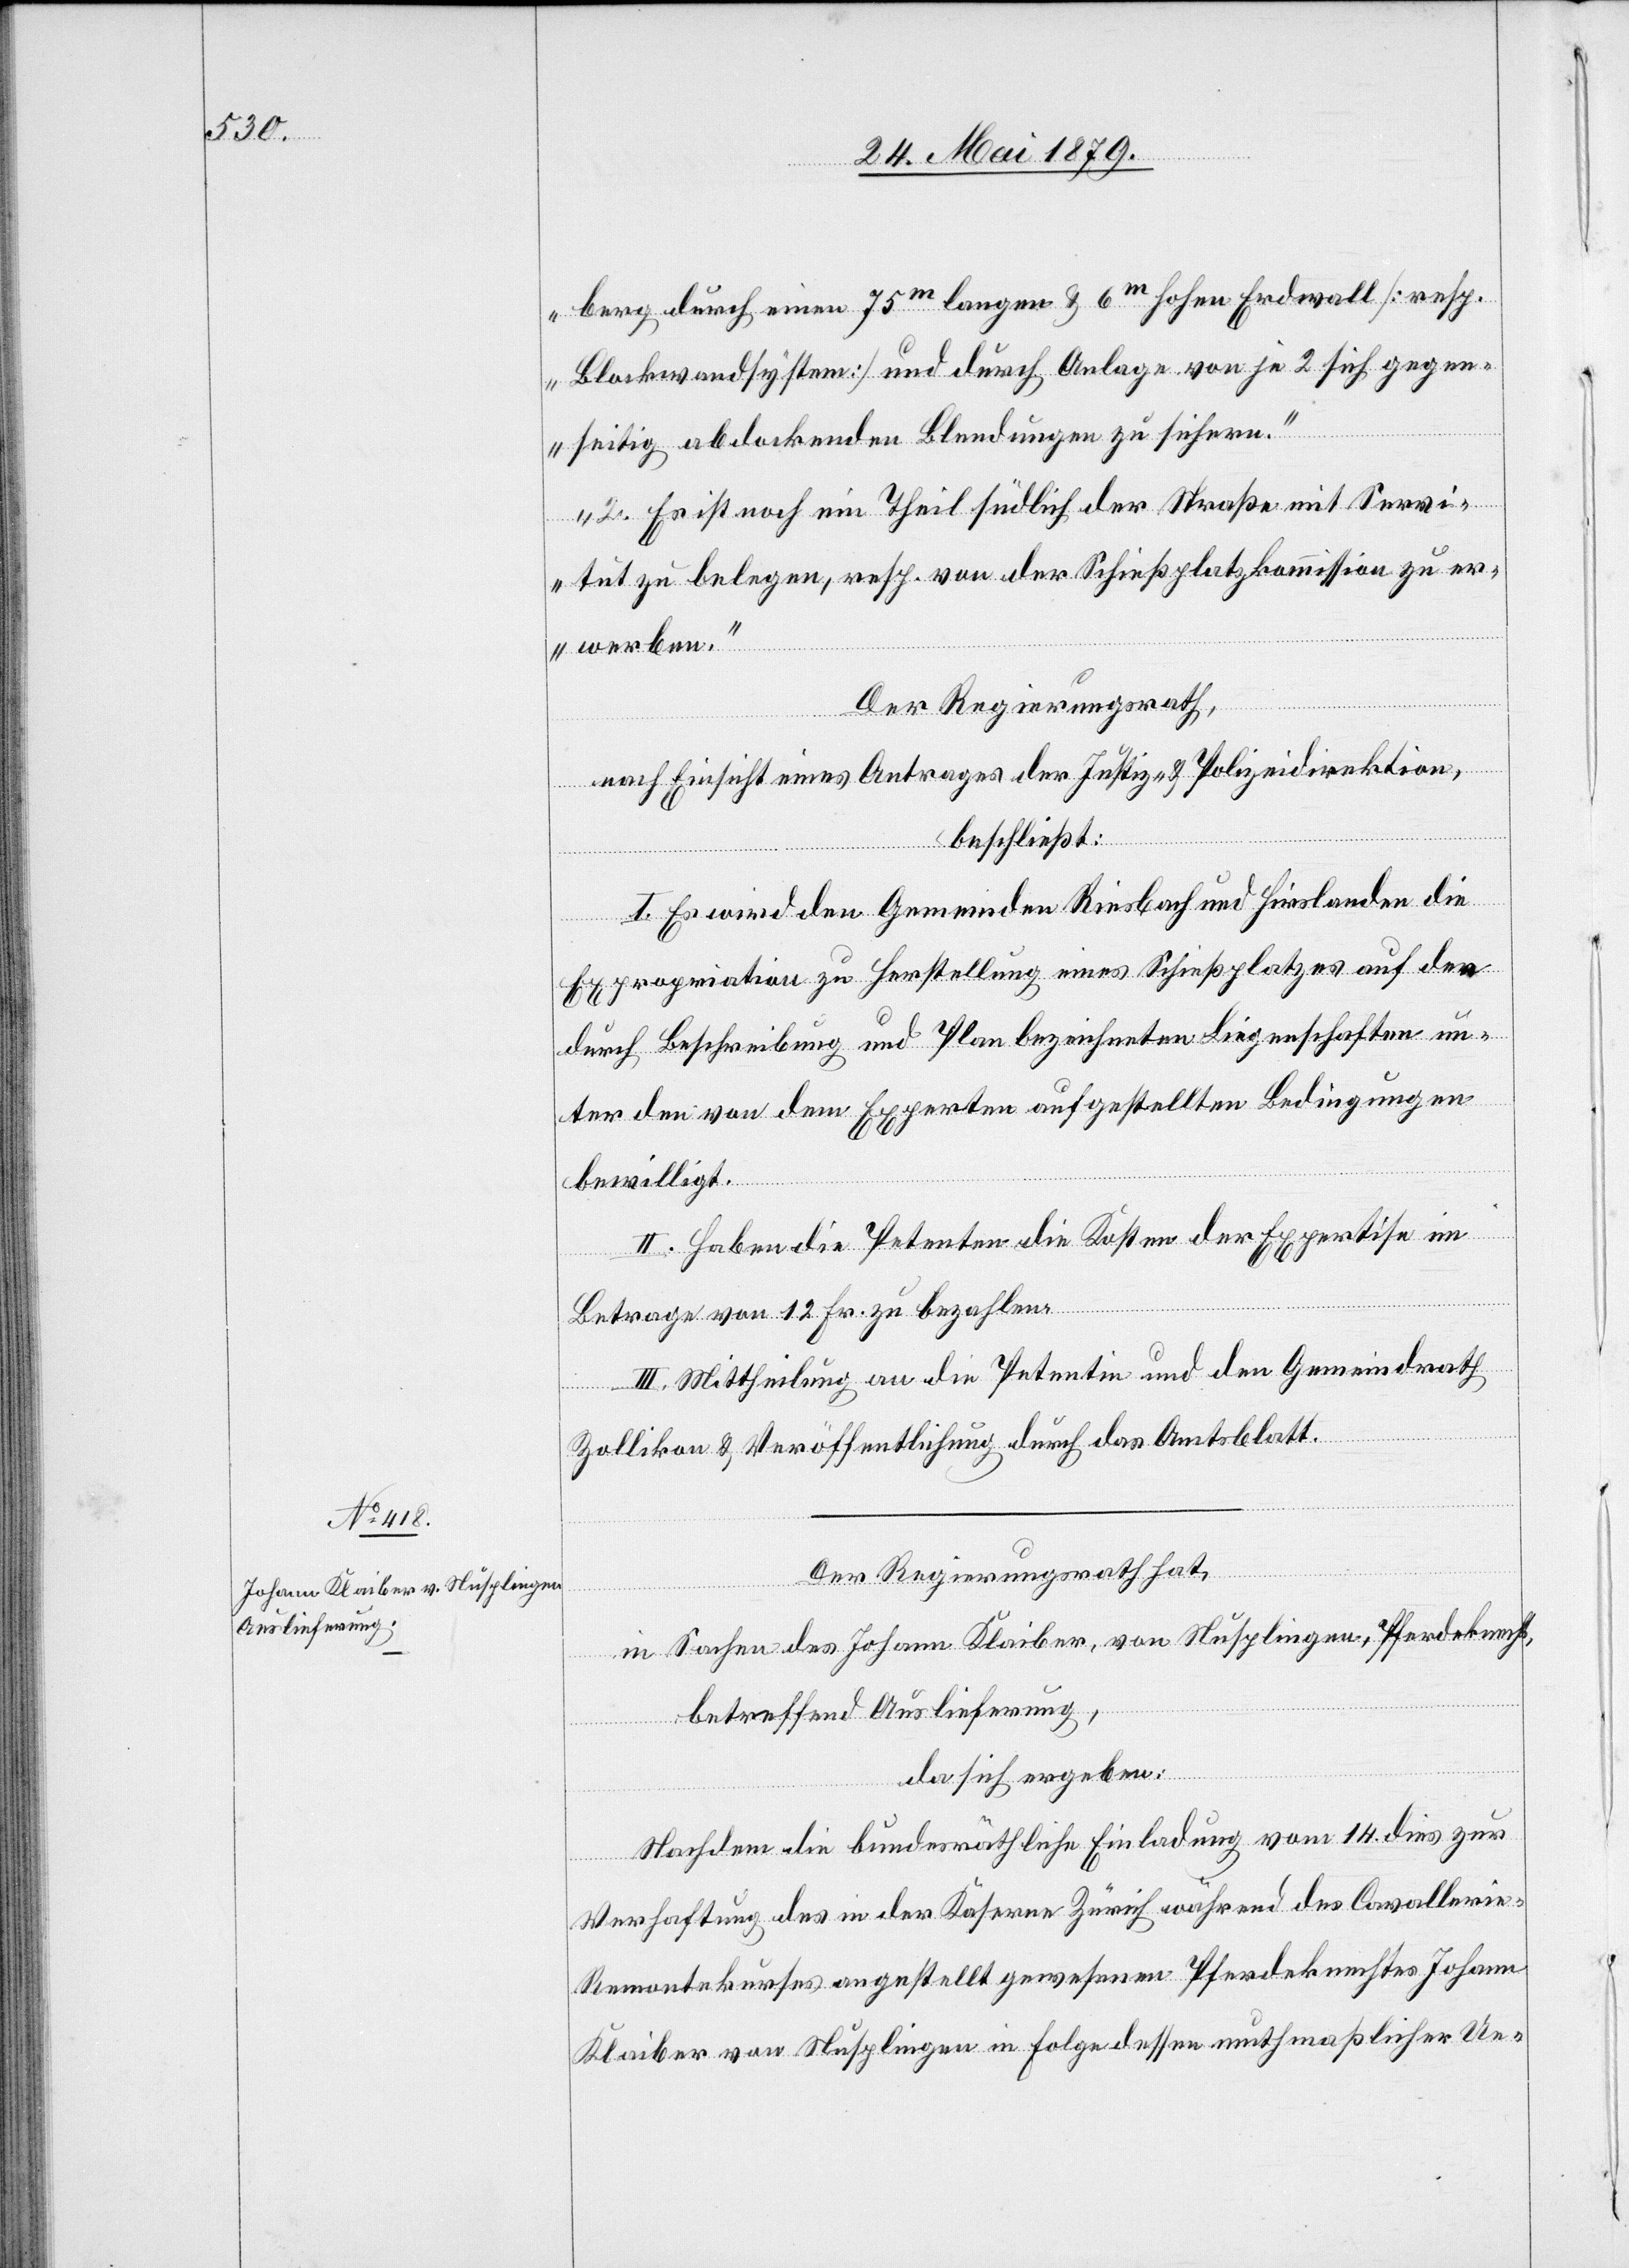
berg durch einen 75m langen & 6m hohen Erdwall [resp.
Blockwandsystem] und durch Anlage von je 2 sich gegen¬
seitig abdockenden Blendungen zu sichern.
2. Es ist noch ein Theil südlich der Straße mit Servi¬
tut zu belegen, resp. von der Schießplatzkommission zu er¬
werben.“
Der Regierungsrath,
nach Einsicht eines Antrages der Justiz- & Polizeidirektion,
beschließt:
I. Es wird den Gemeinden Riesbach und Hirslanden die
Expropriation zu Herstellung eines Schießplatzes auf den
durch Beschreibung und Plan bezeichneten Liegenschaften un¬
ter den von dem Experten aufgestellten Bedingungen
bewilligt.
II. Haben die Petenten die Kosten der Expertise im
Betrage von 12 Fr. zu bezahlen.
III. Mittheilung an die Petentin und den Gemeindrath
Zollikon & Veröffentlichung durch das Amtsblatt.
Der Regierungsrath hat,
in Sachen des Johann Klaiber, von Nusplingen, Pferdeknecht,
betreffend Auslieferung,
da sich ergeben:
Nachdem die bundesräthliche Einladung vom 14. dies zur
Verhaftung des in der Kaserne Zürich während des Cavallerie-R¬
emontekurses angestellt gewesenen Pferdeknechtes Johann
Klaiber von Nusplingen in Folge dessen muthmaßlicher Ue-